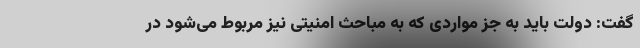
گفت: دولت باید به جز مواردی که به مباحث امنیتی نیز مربوط می‌شود در